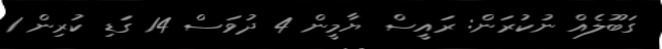
ގަބޫލެއް ނުކުރަން: ރައީސް ޔާމީން 4 ދުވަސް 14 ގަޑި ކުރިން 1